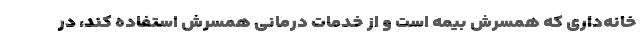
خانه‌داری که همسرش بیمه است و از خدمات درمانی همسرش استفاده کند، در